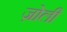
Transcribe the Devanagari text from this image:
ज़ोली